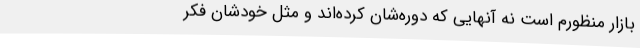
بازار منظورم است نه آنهایی که دوره‌شان کرده‌اند و مثل خودشان فکر